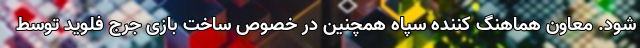
شود. معاون هماهنگ کننده سپاه همچنین در خصوص ساخت بازی جرج فلوید توسط